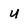
Character: U